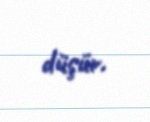
düşür.